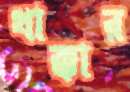
থাক্কার